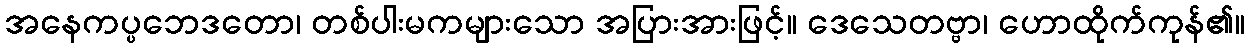
အနေကပ္ပဘေဒတော၊ တစ်ပါးမကများသော အပြားအားဖြင့်။ ဒေသေတဗ္ဗာ၊ ဟောထိုက်ကုန်၏။